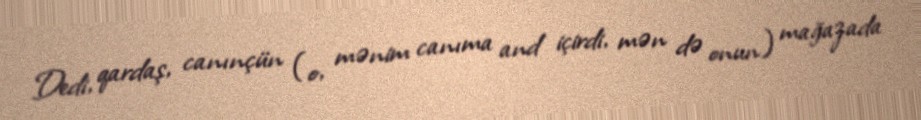
Dedi, qardaş, canınçün (o, mənim canıma and içirdi, mən də onun) mağazada